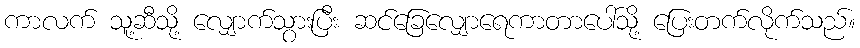
ကာလက် သူ့ဆီသို့ လျှောက်သွားပြီး ဆင်ခြေလျှောရေကာတာပေါ်သို့ ပြေးတက်လိုက်သည်။